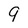
Character: 9